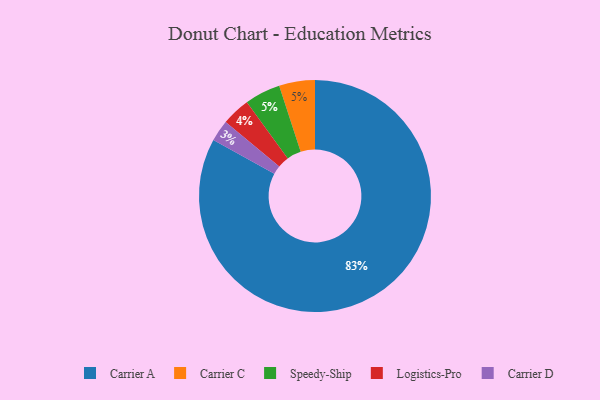
{"axis": {"x": "Category", "y": "Percentage"}, "legend": ["Carrier A", "Carrier C", "Carrier D", "Logistics-Pro", "Speedy-Ship"], "data": [{"x": "Carrier C", "y": 5, "type": "Carrier C"}, {"x": "Carrier D", "y": 3, "type": "Carrier D"}, {"x": "Carrier A", "y": 83, "type": "Carrier A"}, {"x": "Logistics-Pro", "y": 4, "type": "Logistics-Pro"}, {"x": "Speedy-Ship", "y": 5, "type": "Speedy-Ship"}]}